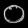
Digit: ၀